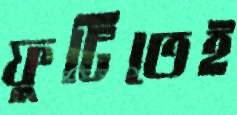
ফুটিতেই